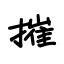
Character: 摧